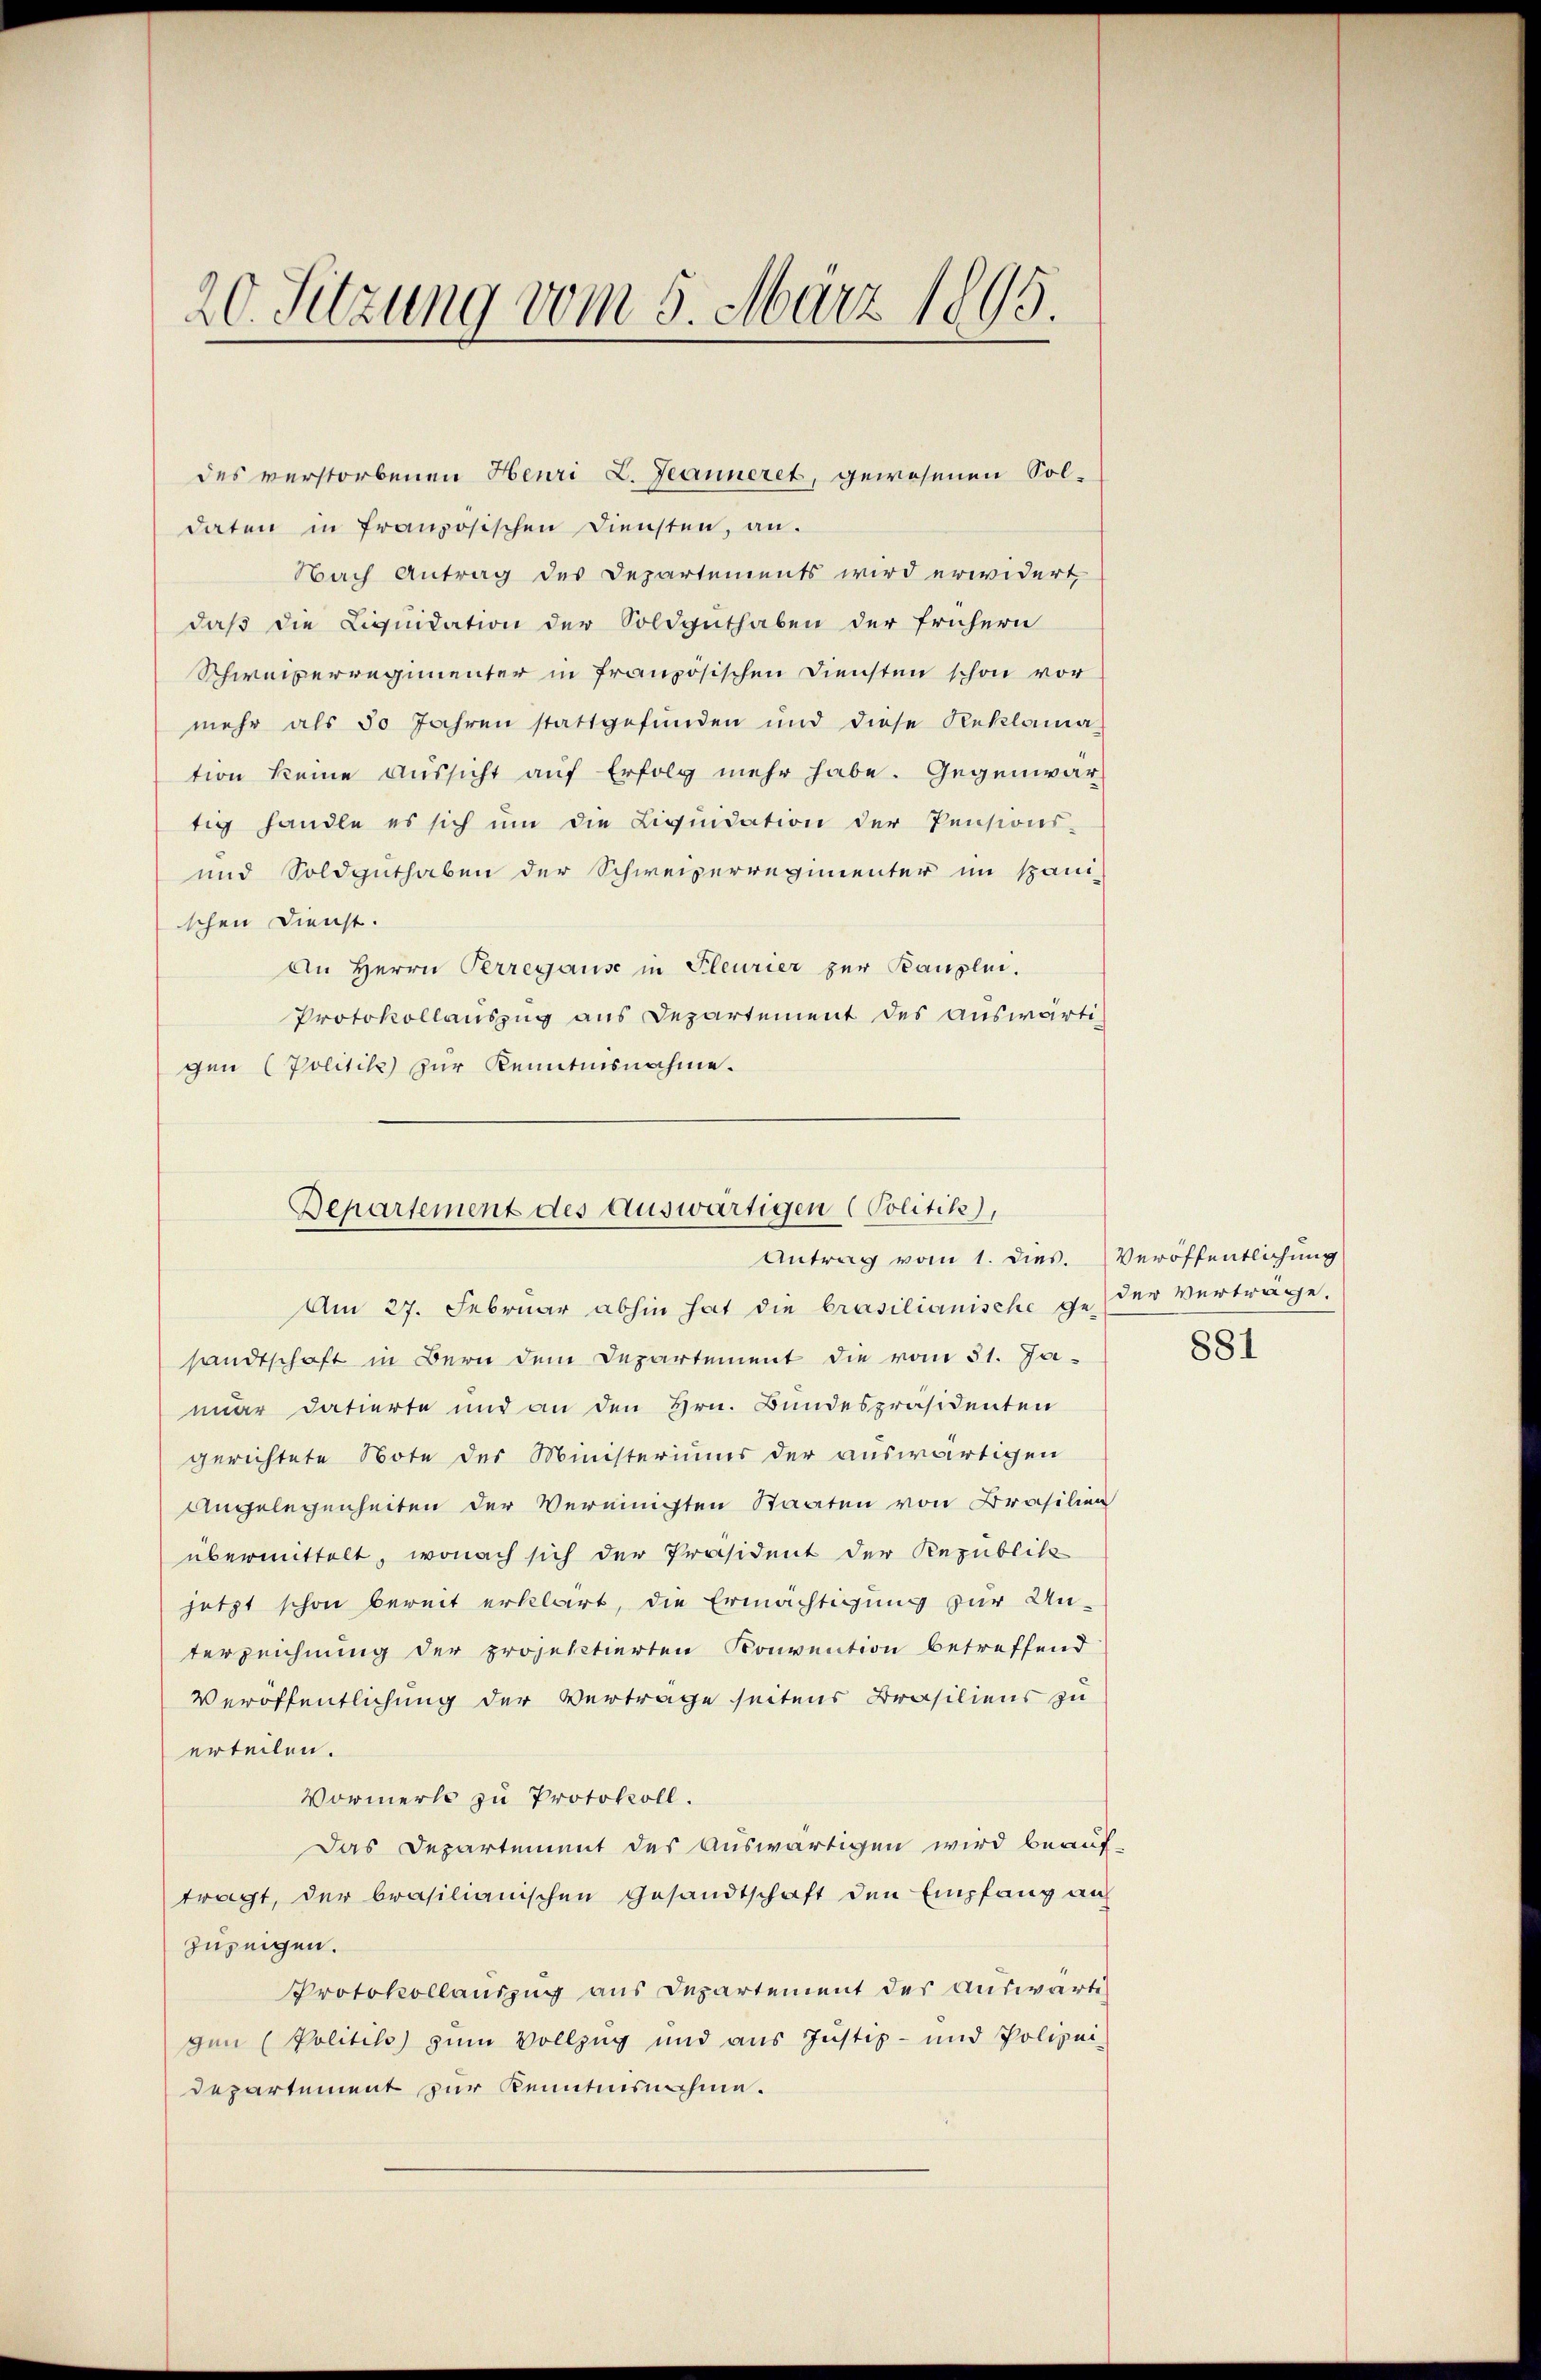
20. Sitzung vom 5. März 1895.

des verstorbenen Henri L. Jeanneret, gewesenen Soldaten in französischen Diensten, an.
Nach Antrag des Departements wird erwidert,
daß die Liquidation der Soldguthaben der frühern
Schweiserregimenter in französischen Diensten schon vor
mehr als 50 Jahren stattgefunden und diese Reklama-
tion keine Aussicht auf Erfolg mehr habe. Gegenwärtig handle es sich ŭm die Liqŭidation der Pensions-
und Soldguthaben der Schweizerregimenter im spani-
schen Dienst.
An Herrn Perregsause in Pleurier zur Bauplei.
Protokollauszug aus Departement des auswärti-
gen Politik zur Kenntnisnahme.

Departement des Auswärtigen (Politik),
Antrag vom 1. dies. Veröffentlichung

Am 27. Februar abhin hat die brasilianische geder Verträge.
sandtschaft in Bern dem Departement die vom 31. Januar datierte und an den Hrn. Bundespräsidenten
gerichtete Note des Ministeriums der auswärtigen
Angelegenheiten der Vereinigten Staaten von Brasilien
übermittelt, wonach sich der Präsident der Republik
jetzt schon bereit erklärt, die Ermächtigung zur Un-
terzeichnung der projektierten Konvention betreffend
Veröffentlichung der Vertrage seitens Brasiliens zu
erteilen.
Vormerk zu Protokoll.
Das Departement des Auswärtigen wird beauf-
tragt, der brasilianischen Gesandtschaft den Empfang au
zuzeigen.
Protokollauszug aus Departement des auswärtig
gen (Politiko) zum Vollzug und aus Justiz- und Polizei
departement zur Kenntnisnahme.

881